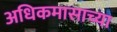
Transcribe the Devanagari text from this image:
अधिकमासाच्या